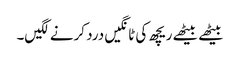
بیٹھے بیٹھے ریچھ کی ٹانگیں درد کرنے لگیں۔